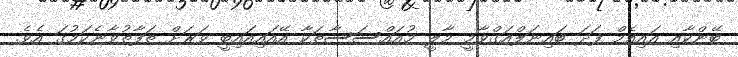
ބޭންކާއި އައިއެމް ފަދަ ބައިނަލްއަގްވާމީ މާލީ މުއައްސަސާތަކާ އޭއައިއައިބީ ވަރަށް ތަފާތުވާނެކަމުގަ އެވެ.